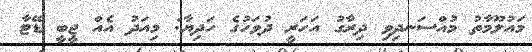
މައުލޫމާތު މުއްސަނދިވި ދިރާގު އަހަރީ ދުވަހުގެ ހަދިޔާ: މިއަދު އެއް ޖީބީ ޑޭޓާ